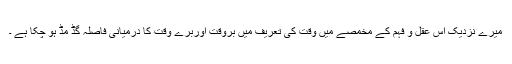
میرے نزدیک اس عقل و فہم کے مخمصے میں وقت کی تعریف میں بروقت اوربُرے وقت کا درمیانی فاصلہ گڈ مڈ ہو چکا ہے ۔